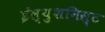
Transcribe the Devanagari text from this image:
ईल्युशनिस्ट